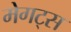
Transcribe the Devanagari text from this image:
मेगट्स